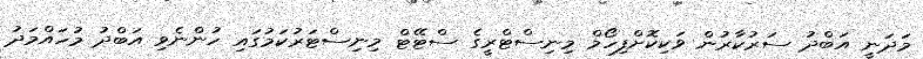
މަދަނީ އަބްދު ސަރުކާރުން ވަކިކޮށްފިހޯމް މިނިސްޓްރީގެ ސްޓޭޓް މިނިސްޓަރުކަމުގައި ހުންނެވި އަބްދު މުހައްމަދު